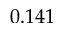
0 . 1 4 1